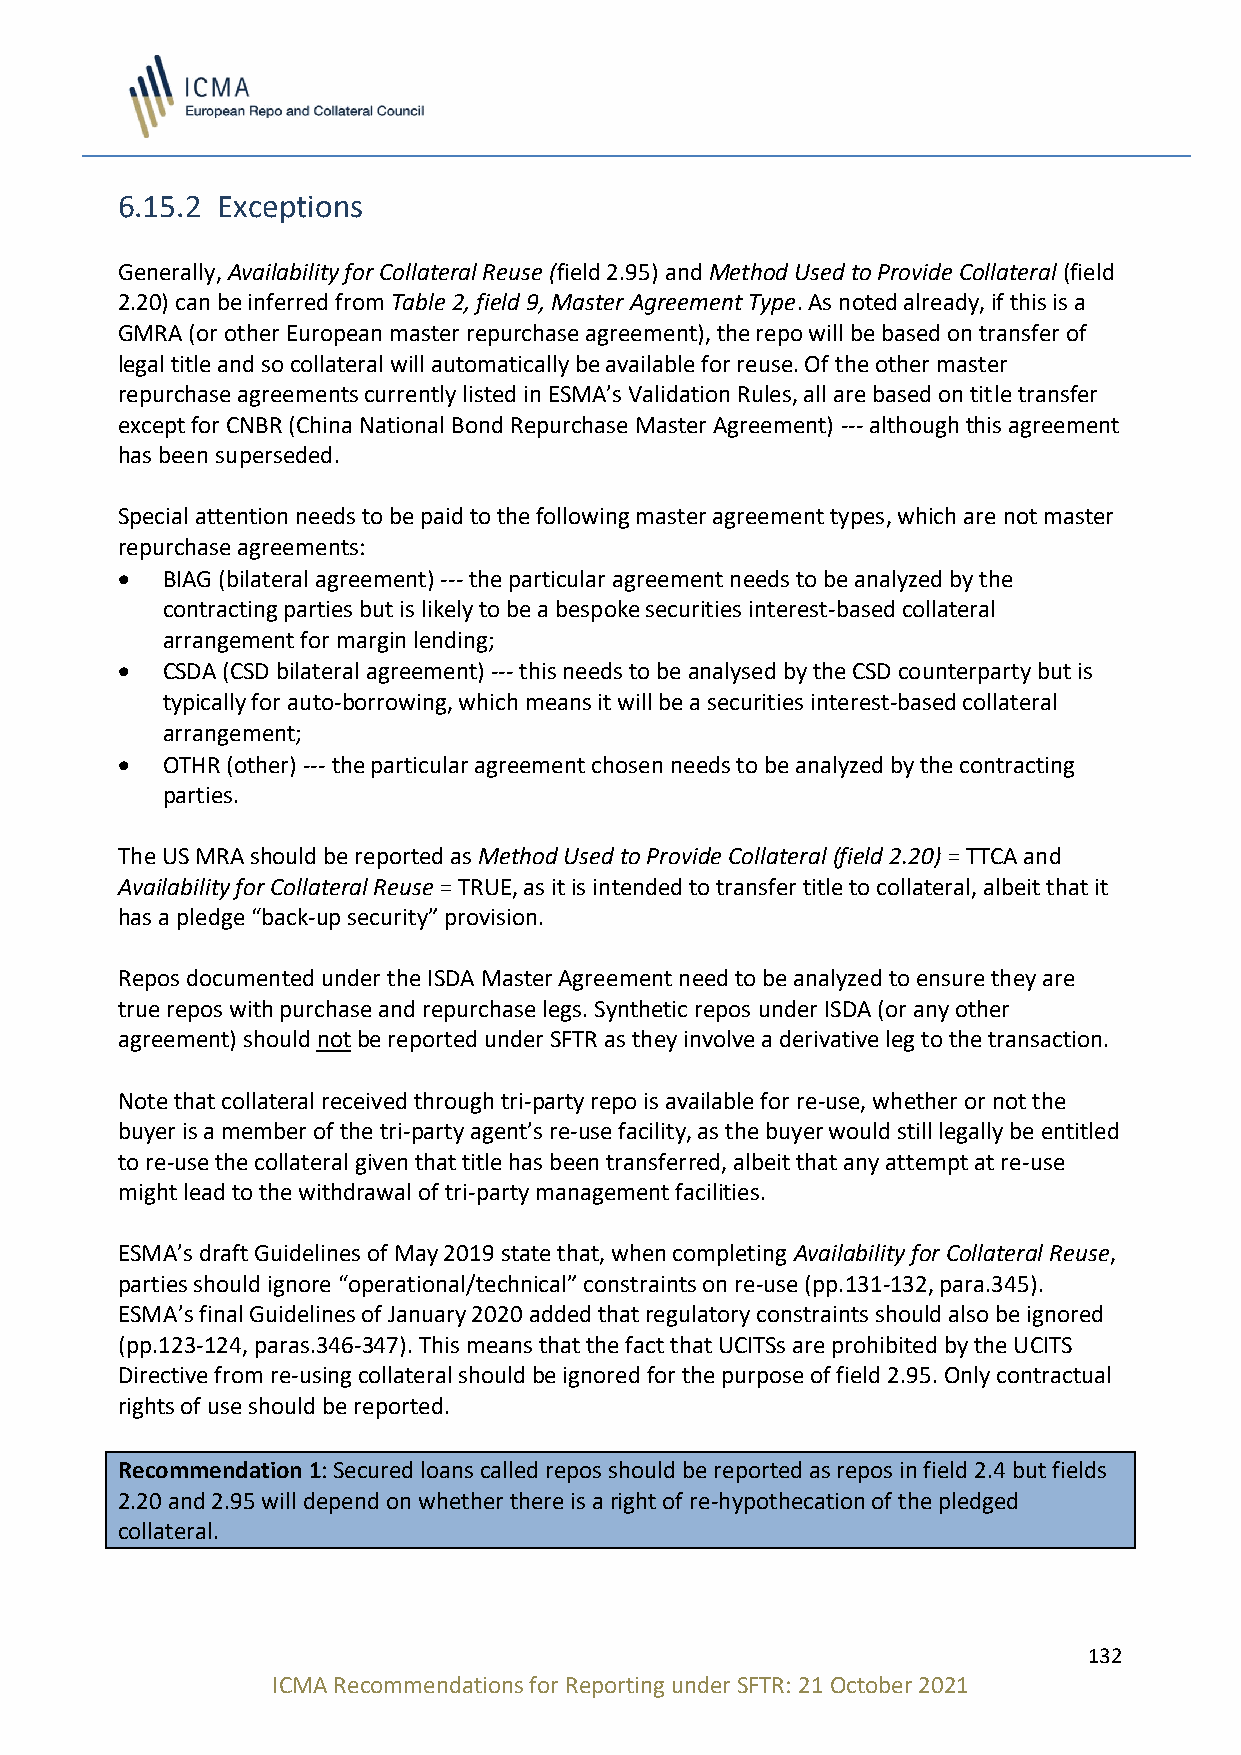
6.15.2 Exceptions
 Generally, Availability for Collateral Reuse (field 2.95) and Method Used to Provide Collateral (field
 2.20) can be inferred from Table 2, field 9, Master Agreement Type. As noted already, if this is a
 GMRA (or other European master repurchase agreement), the repo will be based on transfer of
 legal title and so collateral will automatically be available for reuse. Of the other master
 repurchase agreements currently listed in ESMA’s Validation Rules, all are based on title transfer
 except for CNBR (China National Bond Repurchase Master Agreement) --- although this agreement
 has been superseded.
 Special attention needs to be paid to the following master agreement types, which are not master
 repurchase agreements:
 •  BIAG (bilateral agreement) --- the particular agreement needs to be analyzed by the
 contracting parties but is likely to be a bespoke securities interest-based collateral
 arrangement for margin lending;
 •  CSDA (CSD bilateral agreement) --- this needs to be analysed by the CSD counterparty but is
 typically for auto-borrowing, which means it will be a securities interest-based collateral
 arrangement;
 •  OTHR (other) --- the particular agreement chosen needs to be analyzed by the contracting
 parties.
 The US MRA should be reported as Method Used to Provide Collateral (field 2.20) = TTCA and
 Availability for Collateral Reuse = TRUE, as it is intended to transfer title to collateral, albeit that it
 has a pledge “back-up security” provision.
 Repos documented under the ISDA Master Agreement need to be analyzed to ensure they are
 true repos with purchase and repurchase legs. Synthetic repos under ISDA (or any other
 agreement) should not be reported under SFTR as they involve a derivative leg to the transaction.
 Note that collateral received through tri-party repo is available for re-use, whether or not the
 buyer is a member of the tri-party agent’s re-use facility, as the buyer would still legally be entitled
 to re-use the collateral given that title has been transferred, albeit that any attempt at re-use
 might lead to the withdrawal of tri-party management facilities.
 ESMA’s draft Guidelines of May 2019 state that, when completing Availability for Collateral Reuse,
 parties should ignore “operational/technical” constraints on re-use (pp.131-132, para.345).
 ESMA’s final Guidelines of January 2020 added that regulatory constraints should also be ignored
 (pp.123-124, paras.346-347). This means that the fact that UCITSs are prohibited by the UCITS
 Directive from re-using collateral should be ignored for the purpose of field 2.95. Only contractual
 rights of use should be reported.
 Recommendation 1: Secured loans called repos should be reported as repos in field 2.4 but fields
 2.20 and 2.95 will depend on whether there is a right of re-hypothecation of the pledged
 collateral.
 132
 ICMA Recommendations for Reporting under SFTR: 21 October 2021